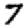
Digit: 7